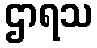
ဌာရသ